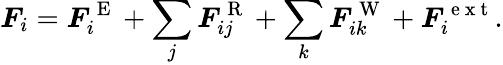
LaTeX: \boldsymbol{F}_{i}=\boldsymbol{F}_{i}^{\mathrm{~E~}}+\sum_{j}\boldsymbol{F}_{ij}^{\mathrm{~R~}}+\sum_{k}\boldsymbol{F}_{ik}^{\mathrm{~W~}}+\boldsymbol{F}_{i}^{\mathrm{~e~x~t~}}.